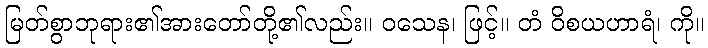
မြတ်စွာဘုရား၏အားတော်တို့၏လည်း။ ဝသေန၊ ဖြင့်။ တံ ဝိစယဟာရံ၊ ကို။